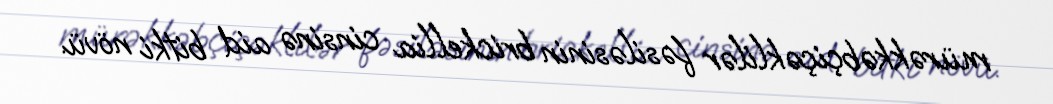
mürəkkəbçiçəklilər fəsiləsinin brickellia cinsinə aid bitki növü.